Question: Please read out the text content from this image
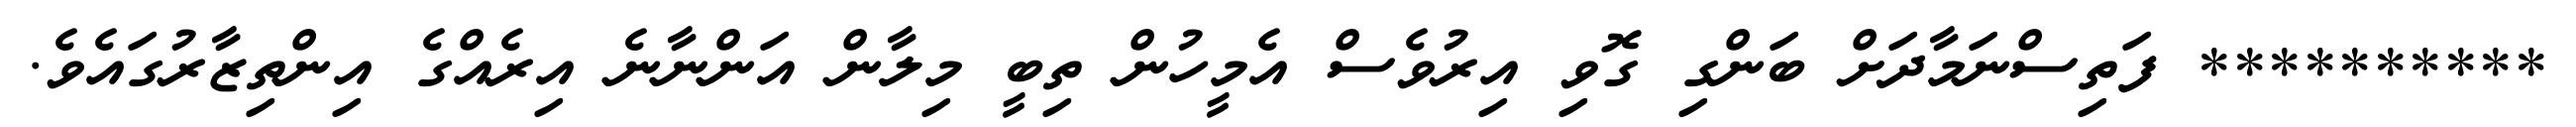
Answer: ********** ފަތިސްނަމާދަށް ބަންގި ގޮވި އިރުވެސް އެމީހުން ތިބީ މިލާން އަންނާނެ އިރެއްގެ އިންތިޒާރުގައެވެ.